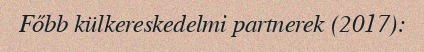
Főbb külkereskedelmi partnerek (2017):